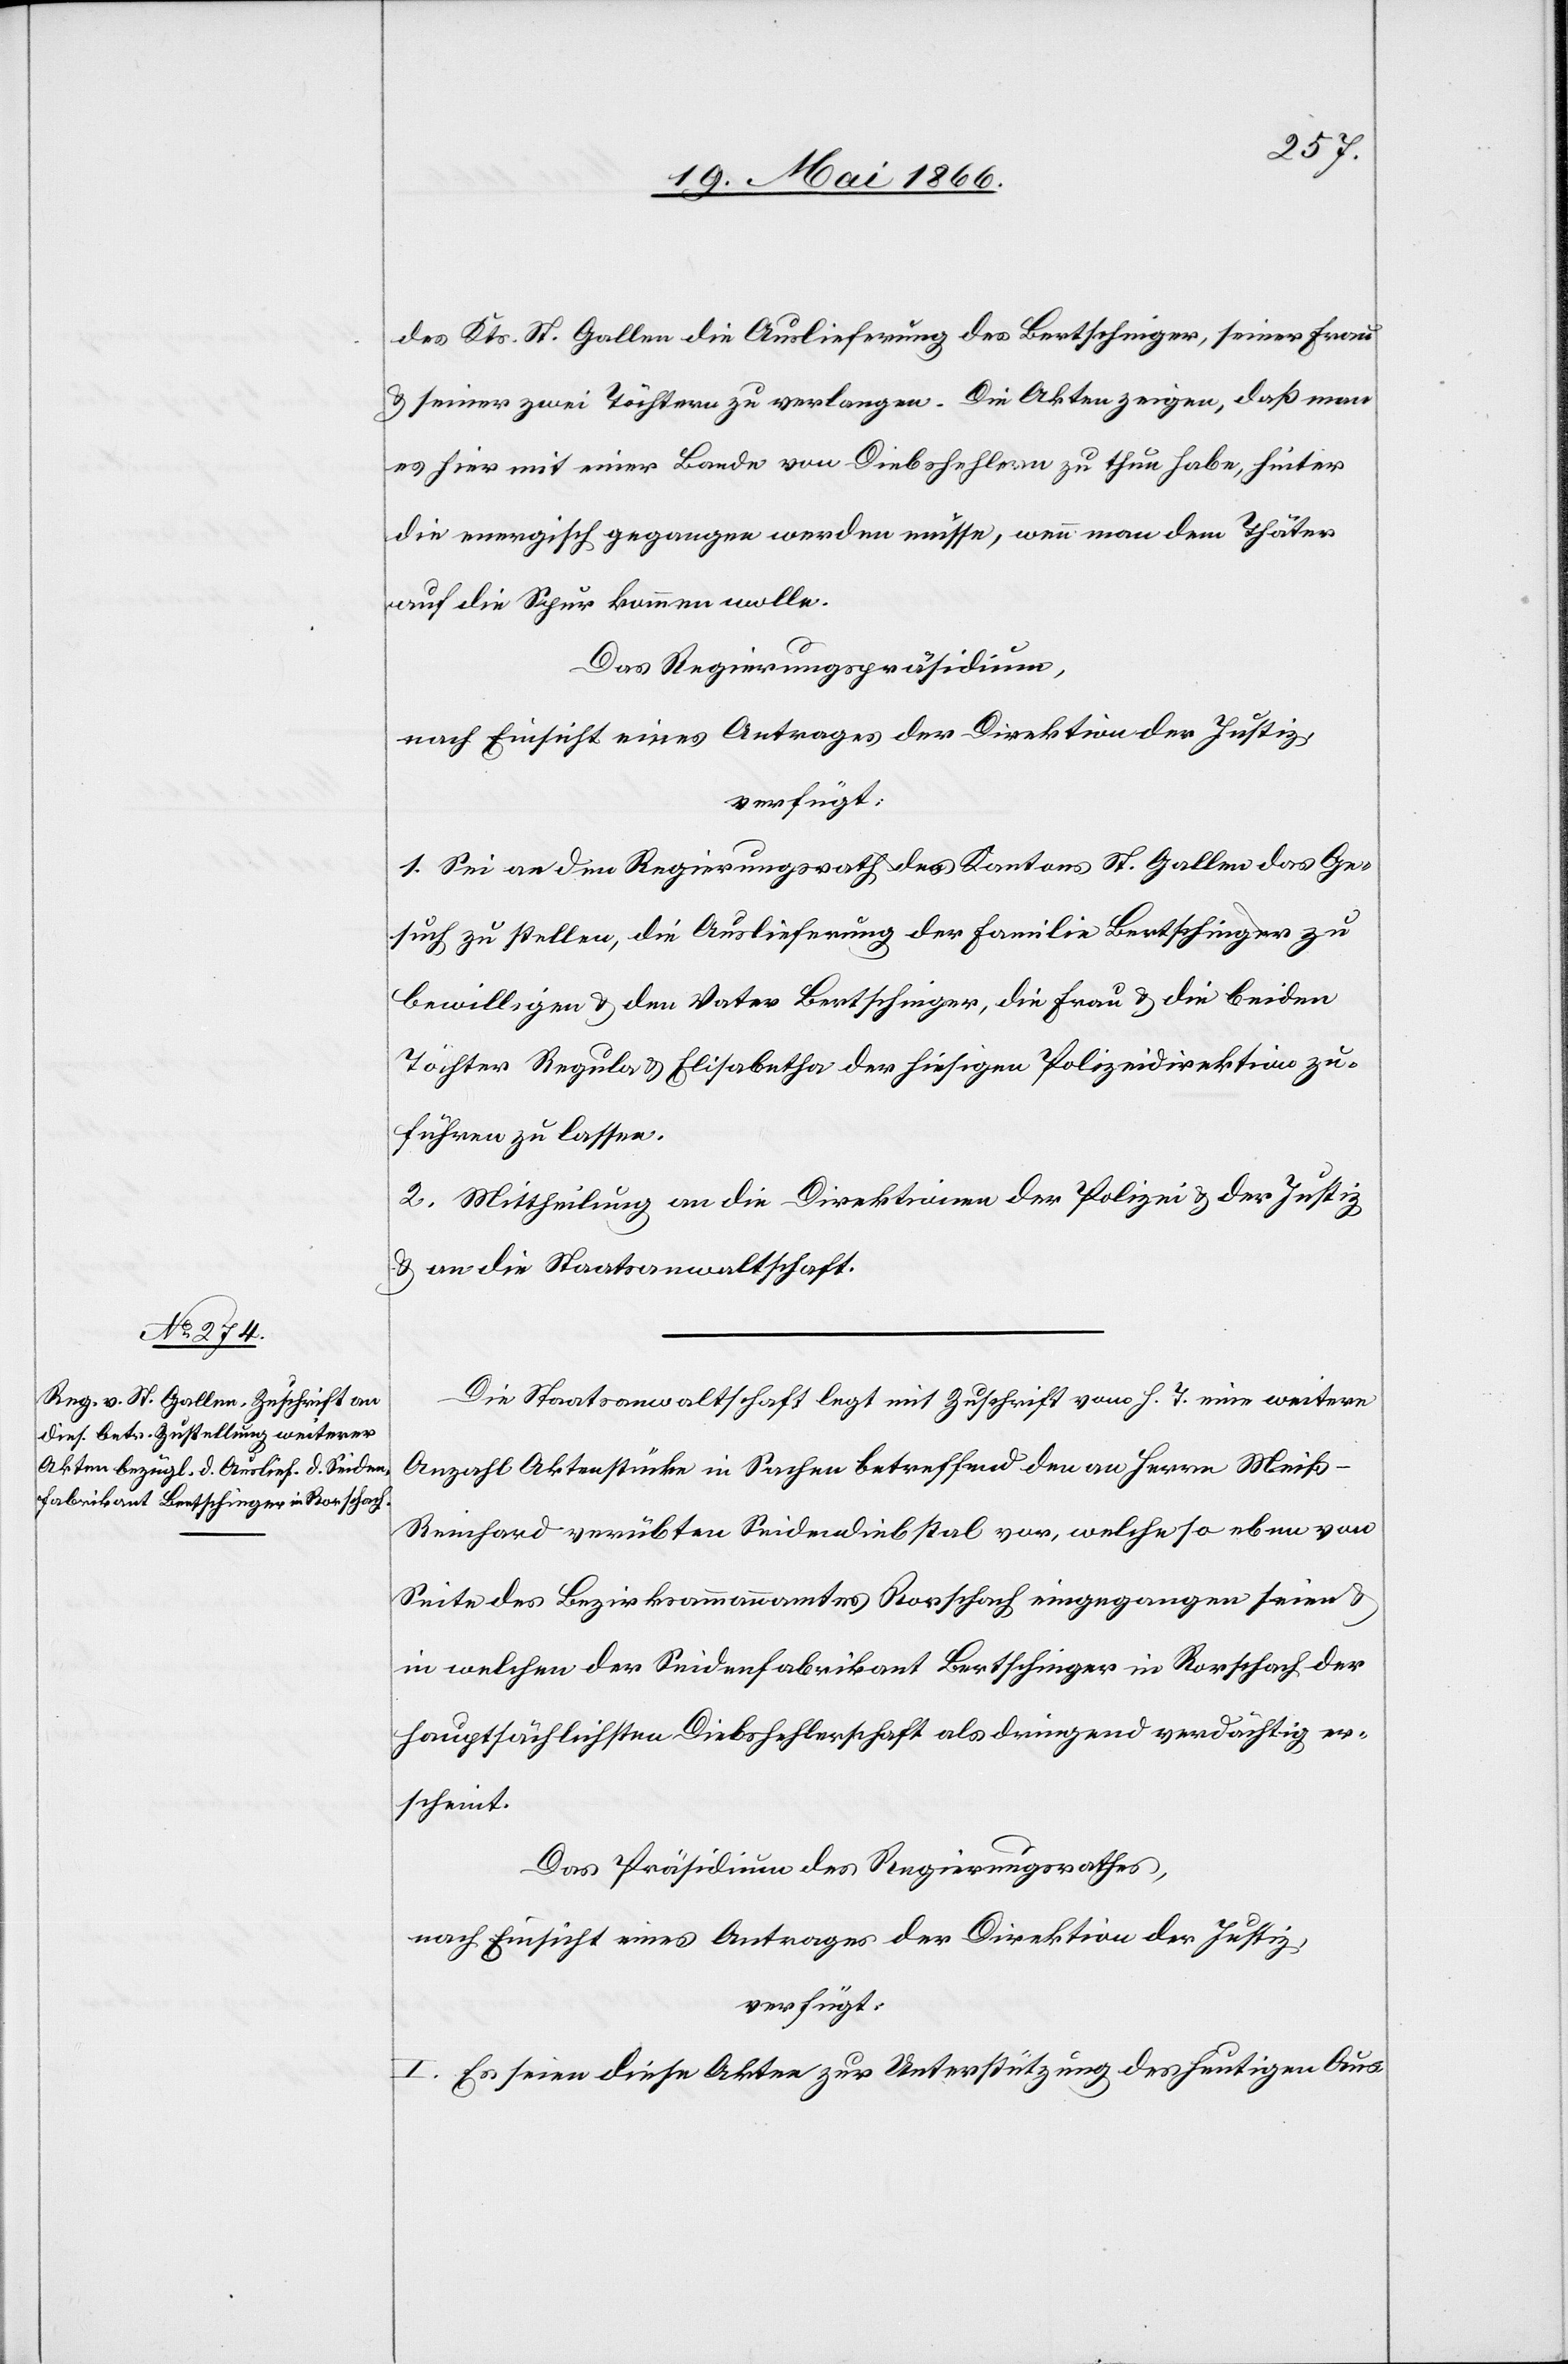
23. Mai 1866.]
des Kts. St. Gallen die Auslieferung des Bertschinger, seiner Frau
u. seiner zwei Töchtern zu verlangen. Die Akten zeigen, daß man
es hier mit einer Bande von Diebshehlern zu thun habe, hinter
die energisch gegangen werden müsse, wenn man dem Thäter
auf die Spur kommen wolle.
Das Regierungspräsidium,
nach Einsicht eines Antrages der Direktion der Justiz,
verfügt:
1. Sei an den Regierungsrath des Kantons St. Gallen das Ge¬
such zu stellen, die Auslieferung der Familie Bertschinger zu
bewilligen u. den Vater Bertschinger, die Frau u. die beiden
Töchter Regula u. Elisabetha der hiesigen Polizeidirektion zu¬
führen zu lassen.
2. Mittheilung an die Direktionen der Polizei u. der Justiz
u. an die Staatsanwaltschaft.
Die Staatsanwaltschaft legt mit Zuschrift vom h. T. eine weitere
Anzahl Aktenstücke in Sachen betreffend den an Herrn Meiß-R¬
einhard verübten Seidendiebstal vor, welche so eben von
Seite des Bezirksammannamtes Rorschach eingegangen seien u.
in welchen der Seidenfabrikant Bertschinger in Rorschach der
hauptsächlichsten Diebshehlerschaft als dringend verdächtig er¬
scheint.
Das Präsidium des Regierungsrathes,
nach Einsicht eines Antrages der Direktion der Justiz,
verfügt:
I. Es seien diese Akten zur Unterstützung des heutigen Aus-